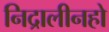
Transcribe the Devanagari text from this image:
निद्रालीनहो